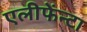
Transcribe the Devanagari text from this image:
एलीफेंन्टा